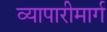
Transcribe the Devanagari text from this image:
व्यापारीमार्ग